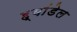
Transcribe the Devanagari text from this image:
ह्यांडेल